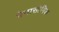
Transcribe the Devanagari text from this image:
पेनासोनिक